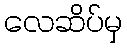
လေဆိပ်မှ